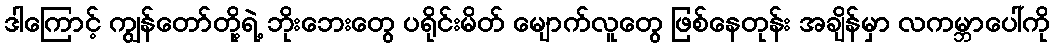
ဒါကြောင့် ကျွန်တော်တို့ရဲ့ ဘိုးဘေးတွေ ပရိုင်းမိတ် မျောက်လူတွေ ဖြစ်နေတုန်း အချိန်မှာ လကမ္ဘာပေါ်ကို